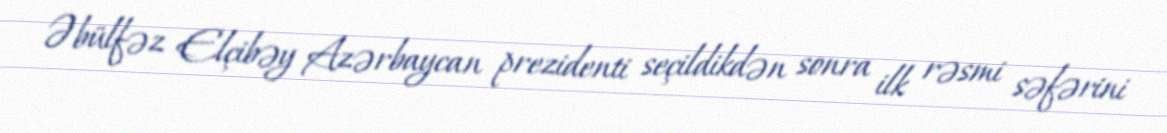
Əbülfəz Elçibəy Azərbaycan prezidenti seçildikdən sonra ilk rəsmi səfərini